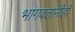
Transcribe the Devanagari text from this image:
भागवतांनीही